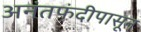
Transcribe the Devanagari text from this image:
अनंतफंदीपासून